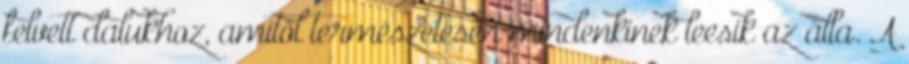
felvett dalukhoz, amitől természetesen mindenkinek leesik az álla. A